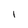
Character: l